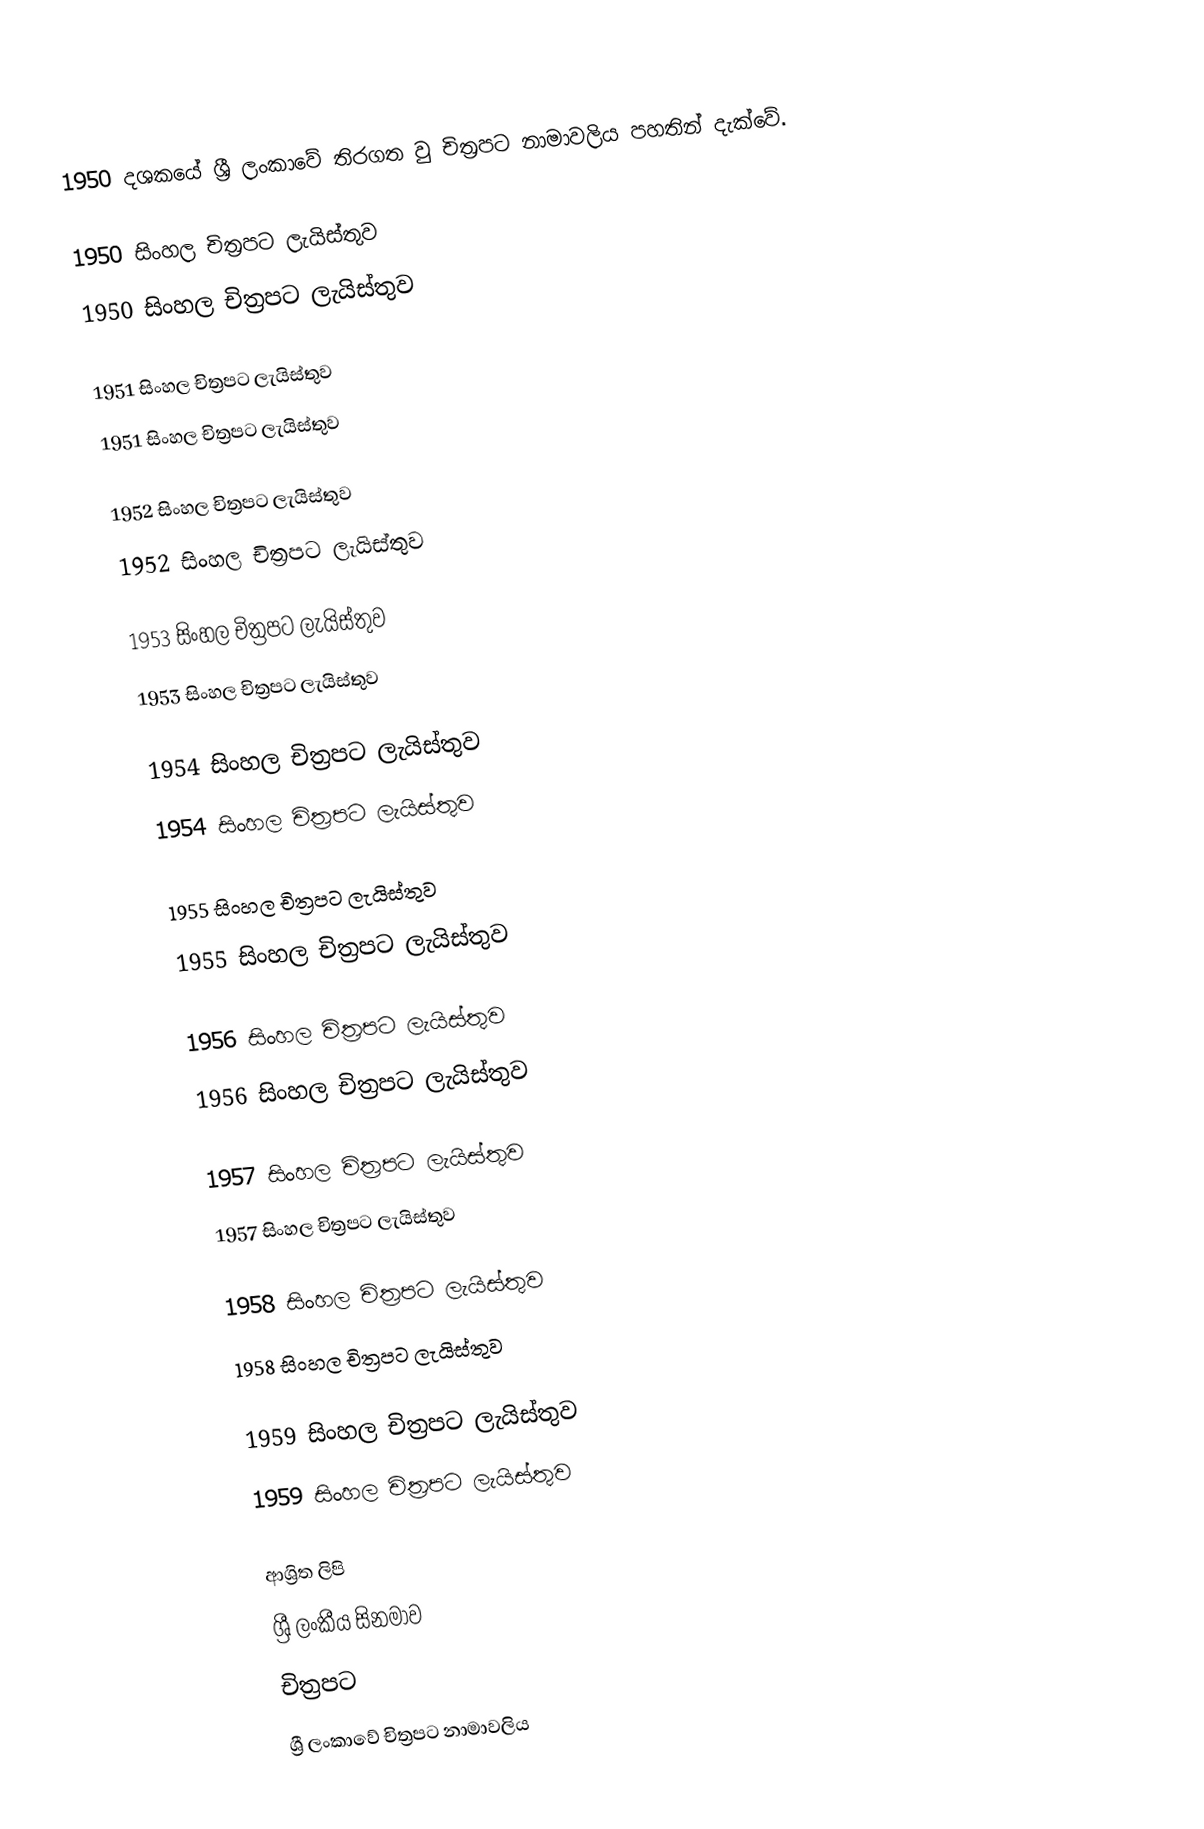
1950 දශකයේ ශ්‍රී ලංකාවේ තිරගත වු චිත්‍රපට නාමාවලිය පහතින් දැක්වේ.

1950 සිංහල චිත්‍රපට ලැයිස්තුව
1950 සිංහල චිත්‍රපට ලැයිස්තුව

1951 සිංහල චිත්‍රපට ලැයිස්තුව
1951 සිංහල චිත්‍රපට ලැයිස්තුව

1952 සිංහල චිත්‍රපට ලැයිස්තුව
1952 සිංහල චිත්‍රපට ලැයිස්තුව

1953 සිංහල චිත්‍රපට ලැයිස්තුව
1953 සිංහල චිත්‍රපට ලැයිස්තුව

1954 සිංහල චිත්‍රපට ලැයිස්තුව
1954 සිංහල චිත්‍රපට ලැයිස්තුව

1955 සිංහල චිත්‍රපට ලැයිස්තුව
1955 සිංහල චිත්‍රපට ලැයිස්තුව

1956 සිංහල චිත්‍රපට ලැයිස්තුව
1956 සිංහල චිත්‍රපට ලැයිස්තුව

1957 සිංහල චිත්‍රපට ලැයිස්තුව
1957 සිංහල චිත්‍රපට ලැයිස්තුව

1958 සිංහල චිත්‍රපට ලැයිස්තුව
1958 සිංහල චිත්‍රපට ලැයිස්තුව

1959 සිංහල චිත්‍රපට ලැයිස්තුව
1959 සිංහල චිත්‍රපට ලැයිස්තුව

ආශ්‍රිත ලිපි
 ශ්‍රී ලංකීය සිනමාව
 චිත්‍රපට
 ශ්‍රී ලංකාවේ චිත්‍රපට නාමාවලිය